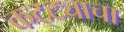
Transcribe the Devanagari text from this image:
कट्ट्याचा